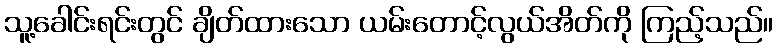
သူ့ခေါင်းရင်းတွင် ချိတ်ထားသော ယမ်းတောင့်လွယ်အိတ်ကို ကြည့်သည်။